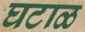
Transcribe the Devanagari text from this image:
घटाळ